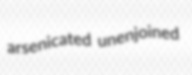
arsenicated unenjoined